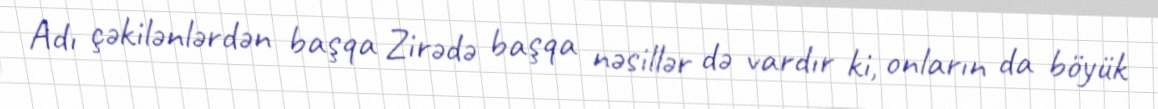
Adı çəkilənlərdən başqa Zirədə başqa nəsillər də vardır ki, onların da böyük